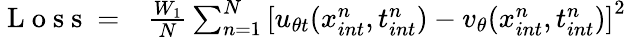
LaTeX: \begin{array}{rl}{\mathrm{~L~o~s~s~}=}&{{}\frac{W_{1}}{N}\sum_{n=1}^{N}\left[u_{\theta t}(x_{int}^{n},t_{int}^{n})-v_{\theta}(x_{int}^{n},t_{int}^{n})\right]^{2}}\end{array}